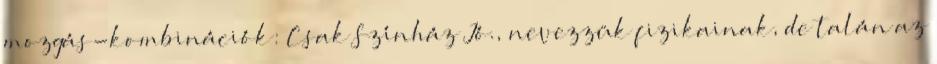
mozgás-kombinációk: Csak Színház Jó., nevezzük fizikainak, de talán az